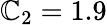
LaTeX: \mathbb{C}_{2}=1.9